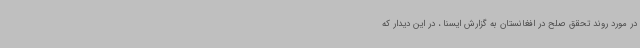
در مورد روند تحقق صلح در افغانستان به گزارش ایسنا ، در این دیدار که